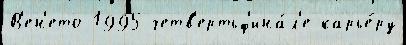
В'ен'ето 1995 четв'ертьф'ина́л'е карье́ру